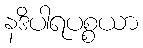
နဒိပါရပစ္စယာ